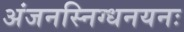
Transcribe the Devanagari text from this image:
अंजनस्निग्धनयनः